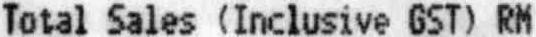
TOTAL SALES (INCLUSIVE GST) RM